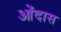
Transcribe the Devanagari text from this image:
ओंदास